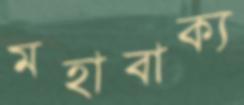
মহাবাক্য